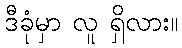
ဒီခုံမှာ လူ ရှိလား။